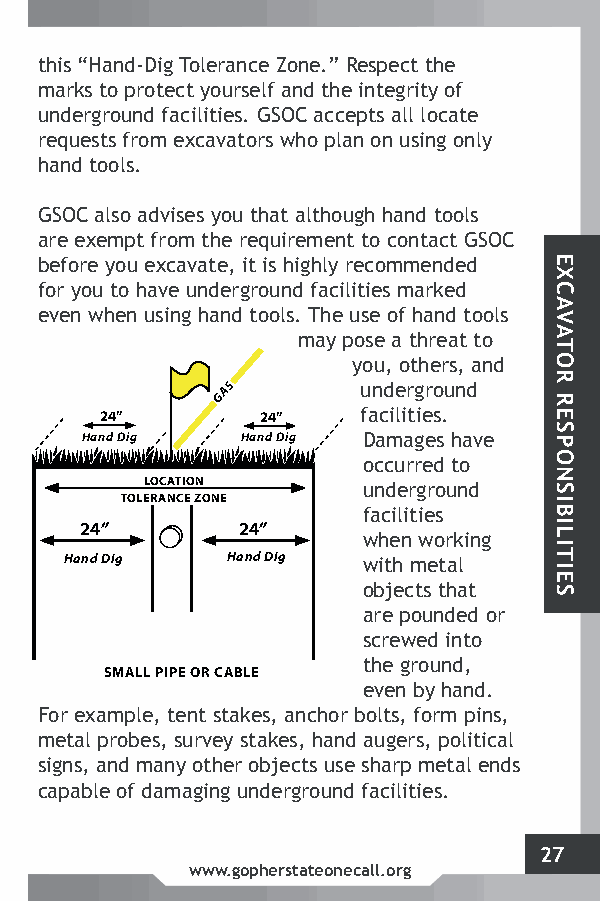
TOLERANCE ZONE
 24”
 TEL2 E0 P” HONE
 24”
 t
 m
 uh nai ds
 r
 ek“ rsH
 g
 2t
 ra
 4o
 on
 ”
 ud
 p
 n-
 r
 dD
 o
 ti fg
 e
 a
 cT cto
 i
 ll
 y
 ie
 to
 G
 ir
 Au
 ea
 Sr
 sn
 s
 .c
 e
 Ge
 2lf
 4 S
 ”Z Oao
 n
 Cn
 d
 e
 a
 .
 t
 c”
 h
 c
 e
 eR pe
 in
 ts
 t
 sp
 e
 e agc
 lr
 lt
 i t
 lt oyh
 c
 e
 o
 a
 f
 t e
 Hand Dig Hand Dig requeHasntds D figrom excavatHoarnds Dwigho plan on using only
 hand tools.
 LOCATION LOCATION
 TOLERANCE ZONE TOLERANCE ZONE
 GSOC also advises you that although hand tools
 24” 24” 24”     24”
 are exempt from the requirement to contact GSOC
 Hand Dig Hand Dig befHoarned Dyigou excavateH,a intd iDsi ghighly recommended
 TOLERANCE ZONE
 for you to have underground facilities marked
 even when using hand tools. The use of hand tools
 20”                 may pose a threat to
 LAR 2G 4E
 ”
 PIPE OR MULTI TP ELL2 E0E P”
 H
 DONUE CT 2S
 4”
 2S 4M ”ALL PIPE OR C GAA SBLE
 24”
 y
 u
 fo anu cd,
 i
 e
 lo
 ir
 tt
 g
 ih ere
 o
 sr
 .u
 s n, da nd
 Hand Dig Hand Dig Hand Dig Hand Dig Damages have
 occurred to
 LOCATION  LOCATION
 underground
 TOLERANCE ZONE TOLERANCE ZONE
 facilities
 24” 24” 24”     24”
 when working
 Hand Dig Hand Dig Hand Dig Hand Dig with metal
 objects that
 are pounded or
 20”                     screwed into
 the ground,
 LARGE PIPE OR MULTIPLE DUCTS SMALL PIPE OR CABLE
 even by hand.
 For example, tent stakes, anchor bolts, form pins,
 metal probes, survey stakes, hand augers, political
 signs, and many other objects use sharp metal ends
 capable of damaging underground facilities.
 27
 www.gopherstateonecall.org
 EXCAVATOR
 RESPONSIBILITIES